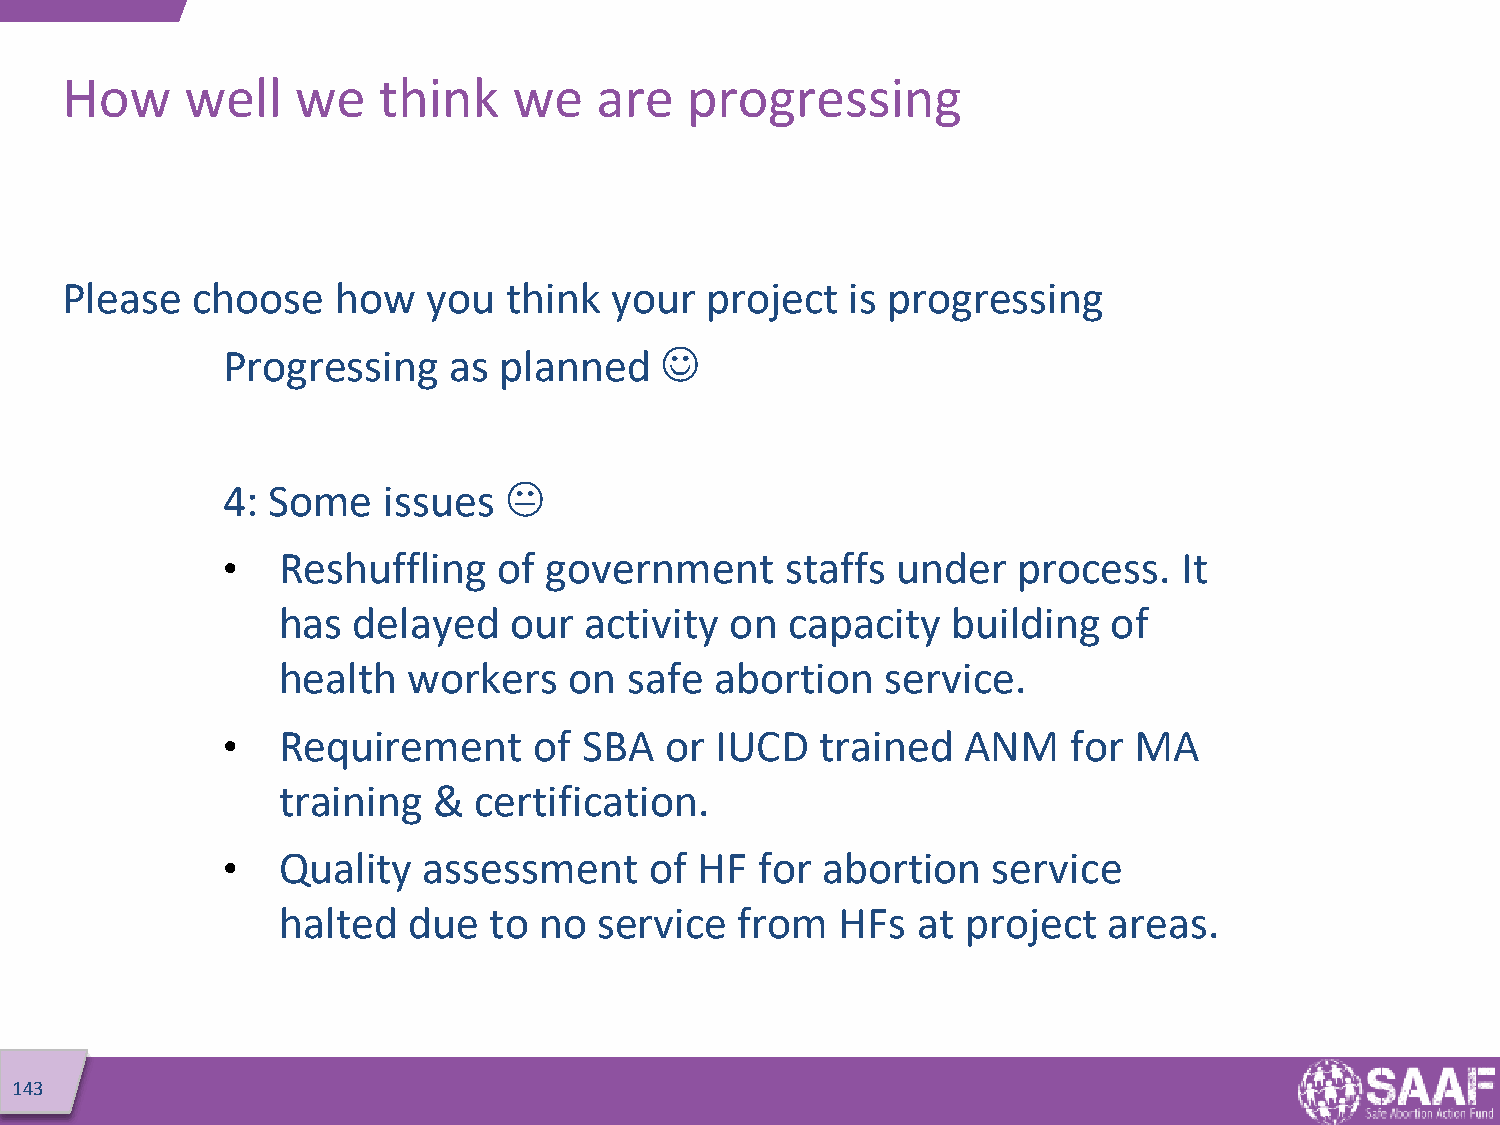
How     well    we   think    we   are   progressing
 Please   choose   how   you   think your   project  is progressing
 Progressing    as planned    
 4: Some   issues  
 •  Reshuffling    of government      staffs under   process.   It
 has  delayed    our  activity on  capacity   building   of
 health   workers    on  safe abortion    service.
 •  Requirement      of  SBA  or IUCD   trained   ANM    for MA
 training   & certification.
 •  Quality   assessment     of HF  for abortion    service
 halted   due  to  no  service  from   HFs  at project  areas.
 143